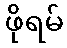
ဖိုရမ်